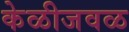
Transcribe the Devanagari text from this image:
केळीजवळ